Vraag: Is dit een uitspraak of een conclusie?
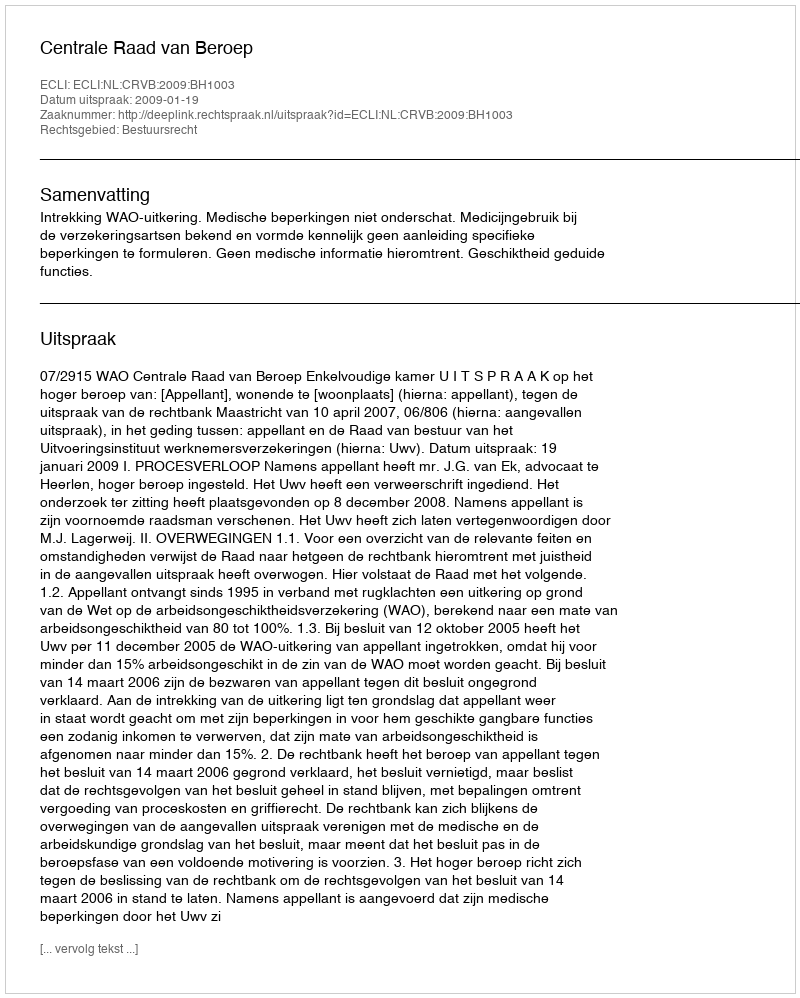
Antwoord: Uitspraak